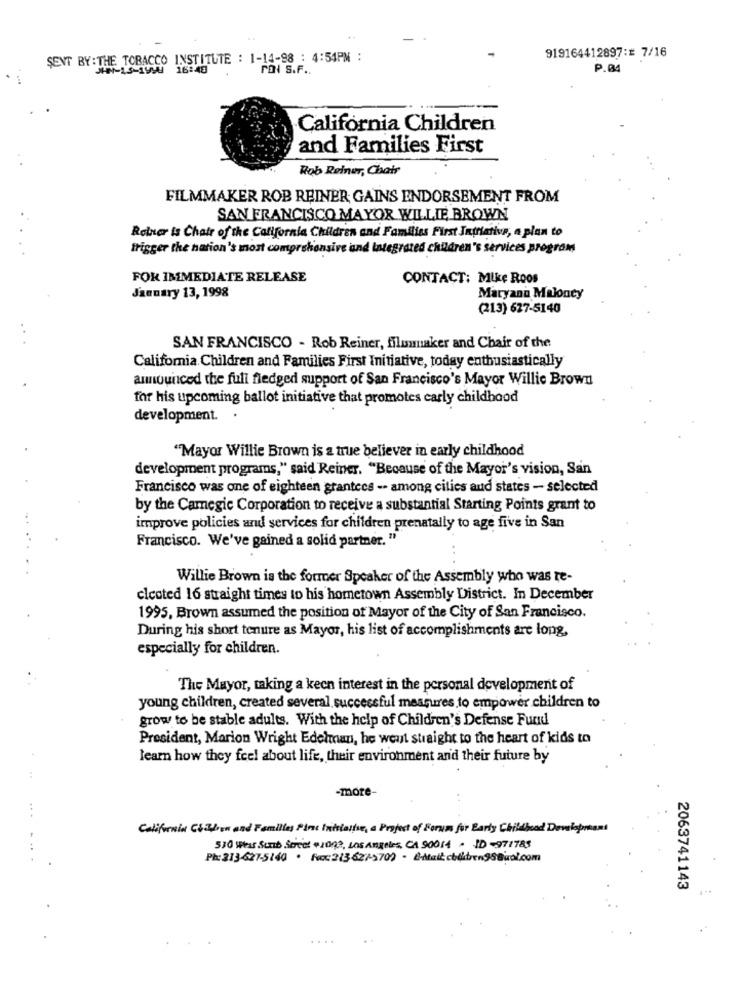
919164412897:# 7/16
SENT BY: THE TOBACCO INSTITUTE : 1-14-98 : 4:54PM :
16:48
rol s.F ..
P.04
California Children
and Families First
Rob Reiner, Chair
FILMMAKER ROB REINER; GAINS ENDORSEMENT FROM
SAN FRANCISCO MAYOR WILLIE BROWN
Reiner is Chair of the California Children and Families First Intriativa, a plan to
trigger the nation's most comprehensive and Integrated children's services program
FOR IMMEDIATE RELEASE
CONTACT: Mike Roos
January 13, 1998
Maryann Maloney
(213) 627-5140
SAN FRANCISCO - Rob Reiner, filmmaker and Chair of the
Califomia Children and Families First Initiative, today enthusiastically
announced the full fledged support of San Francisco's Mayor Willie Brown
for his upcoming ballot initiative that promotes carly childhood
development. .
"Mayor Willie Brown is a true believer in early childhood
development programs," said Reiner. "Because of the Mayor's vision, San
Francisco was one of eighteen grantees -- among cities and states - selected
by the Camegic Corporation to receive a substantial Starting Points grant to
improve policies and services for children prenatally to age five in San
Francisco. We've gained a solid partner. "
Willie Brown is the former Speaker of the Assembly who was te-
clcoted 16 straight times to his hometown Assembly District. In December
1995, Brown assumed the position of Mayor of the City of San Francisco.
During his short tenure as Mayor, his list of accomplishments are long,
especially for children.
The Mayor, taking a keen interest in the personal development of
young children, created several successful measures to empower children to
grow to be stable adults. With the help of Children's Defense Fund
President, Marion Wright Edelman, he went straight to the heart of kids to
learn how they feel about life, their environment and their future by
-more-
.. .
California CSSion and Families Pine Initiative, a Project of Forum for Early Childhood Development
530 Wear Scrib Screed .2002, Los Angeles, CA 90014 . JD -971785
Ph: 213-627-5140 . fc21362/1709 - @-Atait chiltrengsBuol.com
2063741143